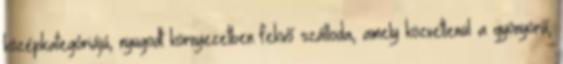
középkategóriájú, nyugodt környezetben fekvő szálloda, amely közvetlenül a gyönyörű,